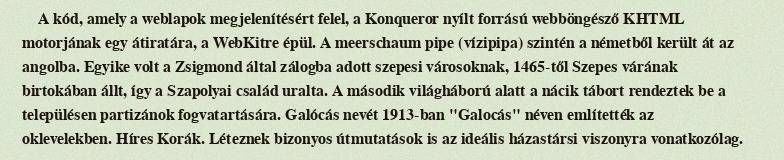
A kód, amely a weblapok megjelenítésért felel, a Konqueror nyílt forrású webböngésző KHTML motorjának egy átiratára, a WebKitre épül. A meerschaum pipe (vízipipa) szintén a németből került át az angolba. Egyike volt a Zsigmond által zálogba adott szepesi városoknak, 1465-től Szepes várának birtokában állt, így a Szapolyai család uralta. A második világháború alatt a nácik tábort rendeztek be a településen partizánok fogvatartására. Galócás nevét 1913-ban "Galocás" néven említették az oklevelekben. Híres Korák. Léteznek bizonyos útmutatások is az ideális házastársi viszonyra vonatkozólag.